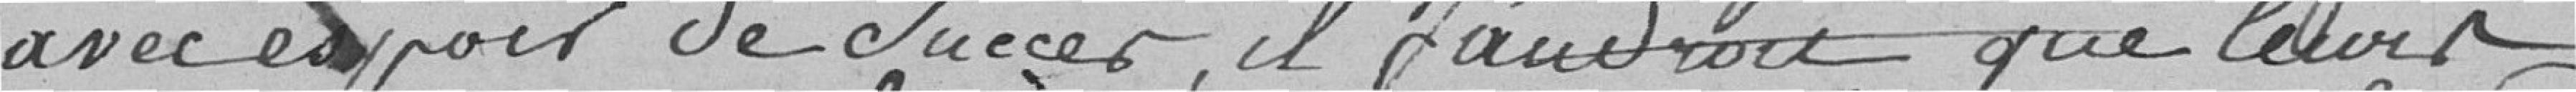
avec espoir de succès, il faudrait que leurs